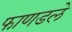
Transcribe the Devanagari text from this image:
फाणडले